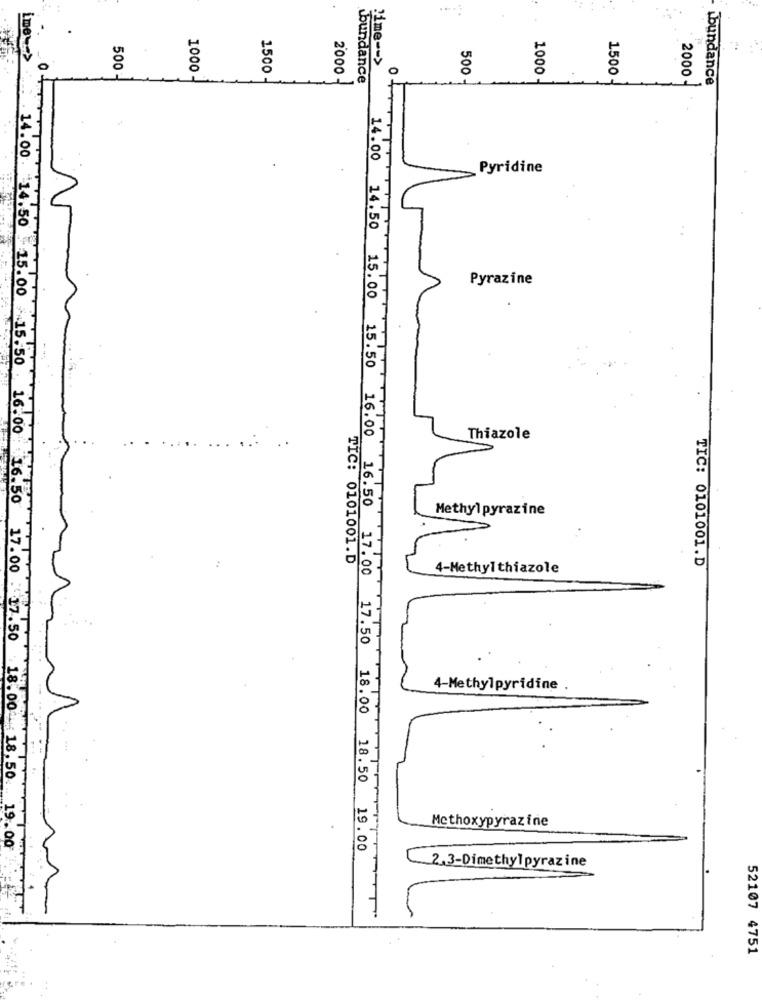
ime>
time -- >
1000
1500
0
500 -
2000
bundance
500
1000-
1500
2000 -
bundance
Pyridine
Pyrazine
14.00 14.50 15.00 15.50
Thiazole
Methylpyrazine
TIC: 0101001.D
4-Methyl thiazole
TIC: 0101001.D
14.00 14.50 15.00 15.50 16.00 16.50 17.00 : 17.50
4-Methylpyridine
Methoxypyrazine
18.00- 18,50 19.00
16.00 16.50 17.00 17.50 18.00 18.50 19.00
2.3-Dimethylpyrazine
52107 4751